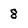
Character: 8